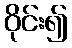
ဝိုင်း၍